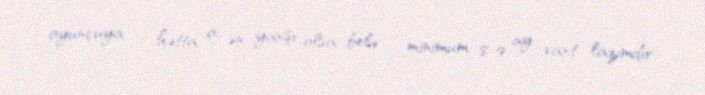
oyunçuya - hətta o, ən yaxşı olsa belə - minimum 8-9 ay vaxt lazımdır.